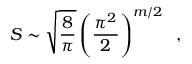
S \sim \sqrt { { \frac { 8 } { \pi } } } \left( { \frac { \pi ^ { 2 } } { 2 } } \right) ^ { m / 2 } \; \; ,